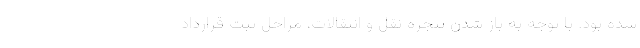
شده بود. با توجه به باز شدن پنجره نقل و انتقالات، مراحل ثبت قرارداد